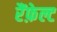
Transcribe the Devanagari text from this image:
रैंफ़ेल्ट